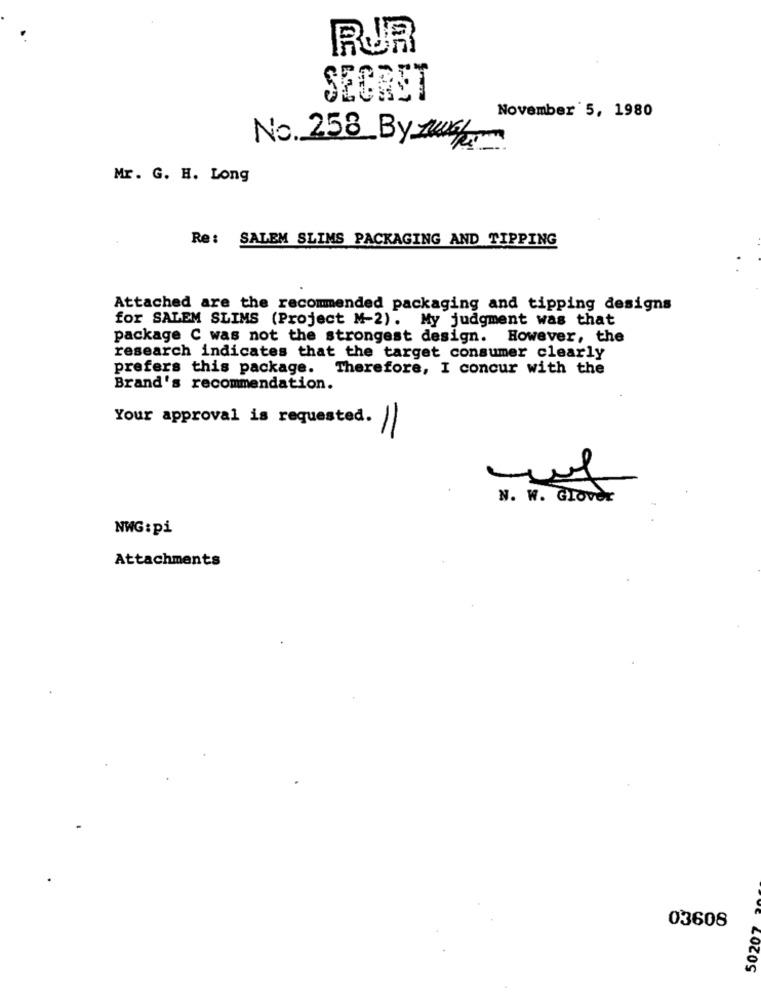
RUR
SECRET
November 5, 1980
No. 258_By zw6.
Mr. G. H. Long
Re: SALEM SLIMS PACKAGING AND TIPPING
Attached are the recommended packaging and tipping designs
for SALEM SLIMS (Project M-2). My judgment was that
package C was not the strongest design. However, the
research indicates that the target consumer clearly
prefers this package. Therefore, I concur with the
Brand's recommendation.
Your approval is requested.
11
N. W. GIOVer
NWG: pi
Attachments
50207
03608